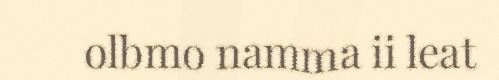
olbmo namma ii leat